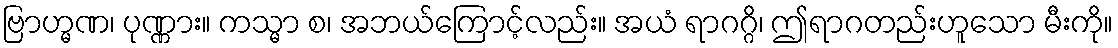
ဗြာဟ္မဏ၊ ပုဏ္ဏား။ ကသ္မာ စ၊ အဘယ်ကြောင့်လည်း။ အယံ ရာဂဂ္ဂိ၊ ဤရာဂတည်းဟူသော မီးကို။